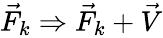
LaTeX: \begin{array}{r}{\vec{F}_{k}\Rightarrow\vec{F}_{k}+\vec{V}}\end{array}